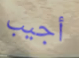
أجيب